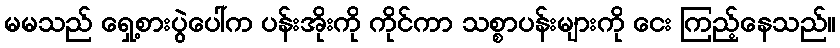
မမသည် ရှေ့စားပွဲပေါ်က ပန်းအိုးကို ကိုင်ကာ သစ္စာပန်းများကို ငေး ကြည့်နေသည်။